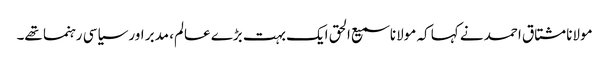
مولانا مشتاق احمد نے کہا کہ مولانا سمیع الحق ایک بہت بڑے عالم، مدبر اور سیاسی رہنما تھے۔